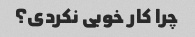
چرا کار خوبی نکردی؟